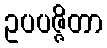
ဥပပဇ္ဇိတာ